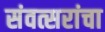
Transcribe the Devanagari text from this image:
संवत्सरांचा